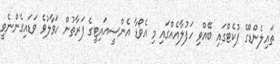
ތައިލެންޑްގެ ޕުކެޓްގައި ބޭއްވި ހަފުލާއެއްގައި މި އެވޯޑާ އެންސީއައިޓީގެ ފަރާތުން ހަވާލުވެ ވަޑައިގެންނެވީ